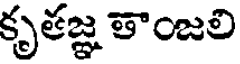
కృతజ్ఞ తాంజలి